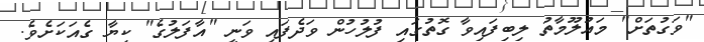
"ވަގުތަށް" މައުލޫމާތު ލިބިފައިވާ ގޮތުގައި ފުލުހުން ވަދެފައި ވަނީ "އާފަލުގެ" ކިޔާ ގެއަކަށެވެ.